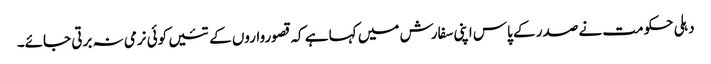
دہلی حکومت نے صدر کے پاس اپنی سفارش میں کہا ہے کہ قصورواروں کے تئیں کوئی نرمی نہ برتی جائے۔